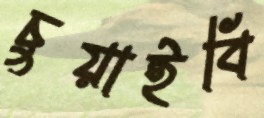
চুয়াইবি